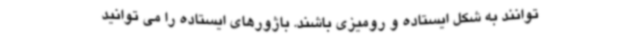
توانند به شکل ایستاده و رومیزی باشند. باژورهای ایستاده را می توانید